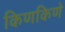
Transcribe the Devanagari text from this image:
किणकिणे